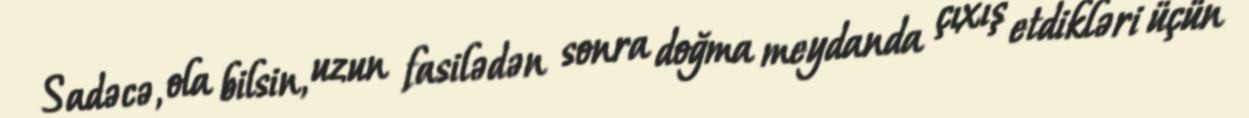
Sadəcə, ola bilsin, uzun fasilədən sonra doğma meydanda çıxış etdikləri üçün